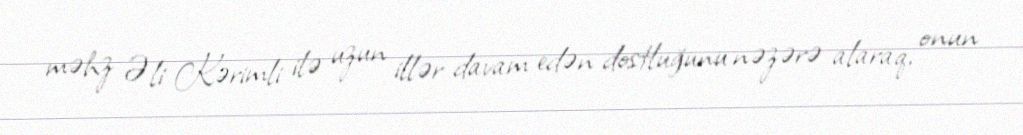
məhz Əli Kərimli ilə uzun illər davam edən dostluğunu nəzərə alaraq, onun